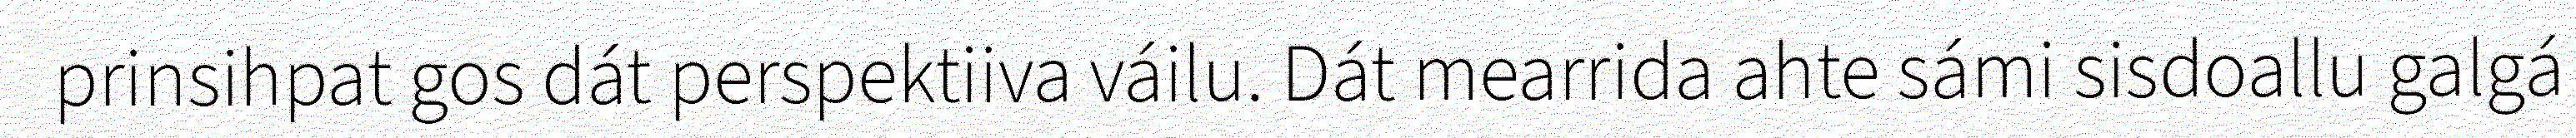
prinsihpat gos dát perspektiiva váilu. Dát mearrida ahte sámi sisdoallu galgá